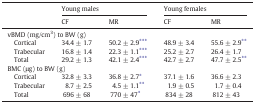
<table><thead><tr><td></td><td colspan="2"><b>Young males</b></td><td colspan="2"><b>Young females</b></td></tr><tr><td></td><td><b>CF</b></td><td><b>MR</b></td><td><b>CF</b></td><td><b>MR</b></td></tr></thead><tbody><tr><td colspan="5">vBMD (mg/cm<sup>3</sup>) to BW (g)</td></tr><tr><td> Cortical</td><td>34.4 ± 1.7</td><td>50.2 ± 2.9⁎⁎⁎</td><td>48.9 ± 3.4</td><td>55.6 ± 2.9⁎⁎</td></tr><tr><td> Trabecular</td><td>16.8 ± 1.4</td><td>22.3 ± 1.1⁎⁎⁎</td><td>25.2 ± 2.7</td><td>26.4 ± 1.7</td></tr><tr><td> Total</td><td>29.2 ± 1.3</td><td>42.1 ± 2.4⁎⁎⁎</td><td>42.7 ± 2.7</td><td>47.7 ± 2.5⁎⁎</td></tr><tr><td colspan="5">BMC (μg) to BW (g)</td></tr><tr><td> Cortical</td><td>32.8 ± 3.3</td><td>36.8 ± 2.7⁎</td><td>37.1 ± 1.6</td><td>36.6 ± 2.3</td></tr><tr><td> Trabecular</td><td>8.7 ± 2.5</td><td>4.5 ± 1.1⁎⁎</td><td>1.9 ± 0.5</td><td>1.7 ± 0.4</td></tr><tr><td> Total</td><td>696 ± 68</td><td>770 ± 47⁎</td><td>834 ± 28</td><td>812 ± 43</td></tr></tbody></table>